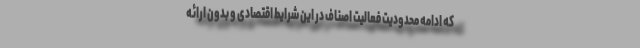
که ادامه محدودیت‌ فعالیت اصناف در این شرایط اقتصادی و بدون ارائه